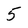
Character: 5